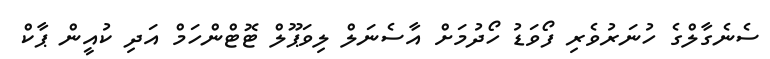
ސެނެގާލްގެ ހުނަރުވެރި ފޯވަޑު ހޯދުމަށް އާސެނަލް ލިވަޕޫލް ޓޮޓްންހަމް އަދި ކުއީން ޕާކް